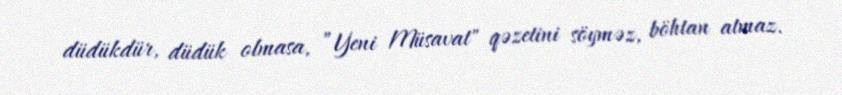
düdükdür, düdük olmasa, ”Yeni Müsavat" qəzetini söyməz, böhtan atmaz.